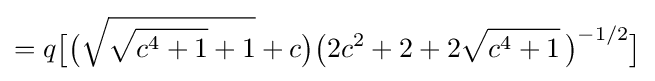
=q{\bigl [}{\bigl (}{\sqrt {{\sqrt {c^{4}+1}}+1}}+c{\bigr )}{\bigl (}2c^{2}+2+2{\sqrt {c^{4}+1}}\,{\bigr )}^{-1/2}{\bigr ]}